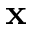
\mathbf { x }